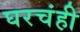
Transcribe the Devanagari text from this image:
घरचंही